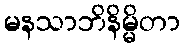
မနသာဘိနိမ္မိတာ